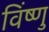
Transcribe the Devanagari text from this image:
विंष्णु